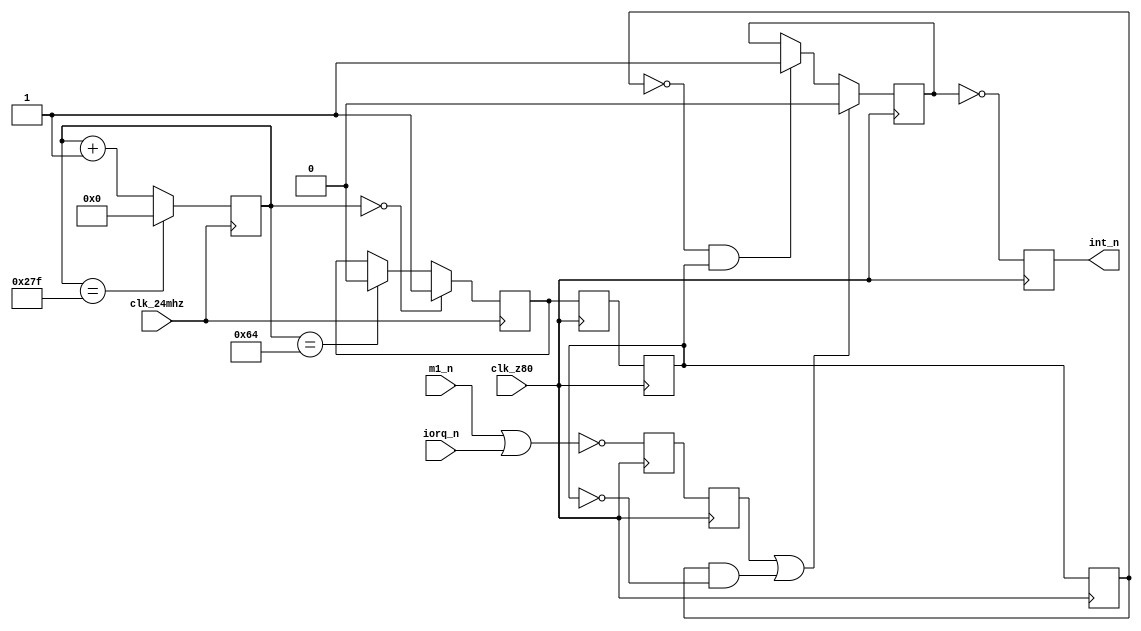
// part of NeoGS project (c) 2007-2008 NedoPC
//
// interrupt controller for Z80

module interrupts(

	clk_24mhz,
	clk_z80,

	m1_n,
	iorq_n,

	int_n
);

	parameter MAX_INT_LEN = 100;

	input clk_24mhz;
	input clk_z80;

	input m1_n;
	input iorq_n;

	output reg int_n;



	reg [9:0] ctr640;
	reg int_24;

	reg int_sync1,int_sync2,int_sync3;

	reg int_ack_sync,int_ack;

	reg int_gen;


	// generate int signal

	always @(posedge clk_24mhz)
	begin

		if( ctr640 == 10'd639 )
			ctr640 <= 10'd0;
		else
			ctr640 <= ctr640 + 10'd1;


		if( ctr640 == 10'd0 )
			int_24 <= 1'b1;
		else if( ctr640 == MAX_INT_LEN )
			int_24 <= 1'b0;

	end



	// generate interrupt signal in clk_z80 domain
	always @(negedge clk_z80)
	begin
		int_sync3 <= int_sync2;
		int_sync2 <= int_sync1;
		int_sync1 <= int_24;    // sync in from 24mhz, allow for edge detection (int_sync3!=int_sync2)

		int_ack_sync <= ~(m1_n | iorq_n);
		int_ack <= int_ack_sync;          // interrupt acknowledge from Z80

		// control interrupt generation signal
		if( int_ack || ( int_sync3 && (!int_sync2) ) )
			int_gen <= 1'b0;
		else if( (!int_sync3) && int_sync2 )
			int_gen <= 1'b1;
	end

	always @(posedge clk_z80)
	begin
		int_n <= ~int_gen;
	end

endmodule